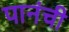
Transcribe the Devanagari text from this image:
पानंची